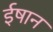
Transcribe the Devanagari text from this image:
ईषान